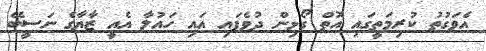
އެވަގުތު ކުރިމަތީގައި އޮތް ގޯޅިން ދުވެފައި އައި ހައުލާ އެއީ ޒާޔާގެ ނަސީބޭ